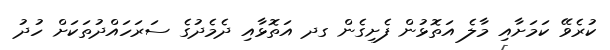
ކުރެވޭ ކަމަށާއި މާލެ އަތޮޅުން ފެށިގެން ގދ އަތޮޅާއި ދެމެދުގެ ސަރަހައްދުތަކަށް ހުދު